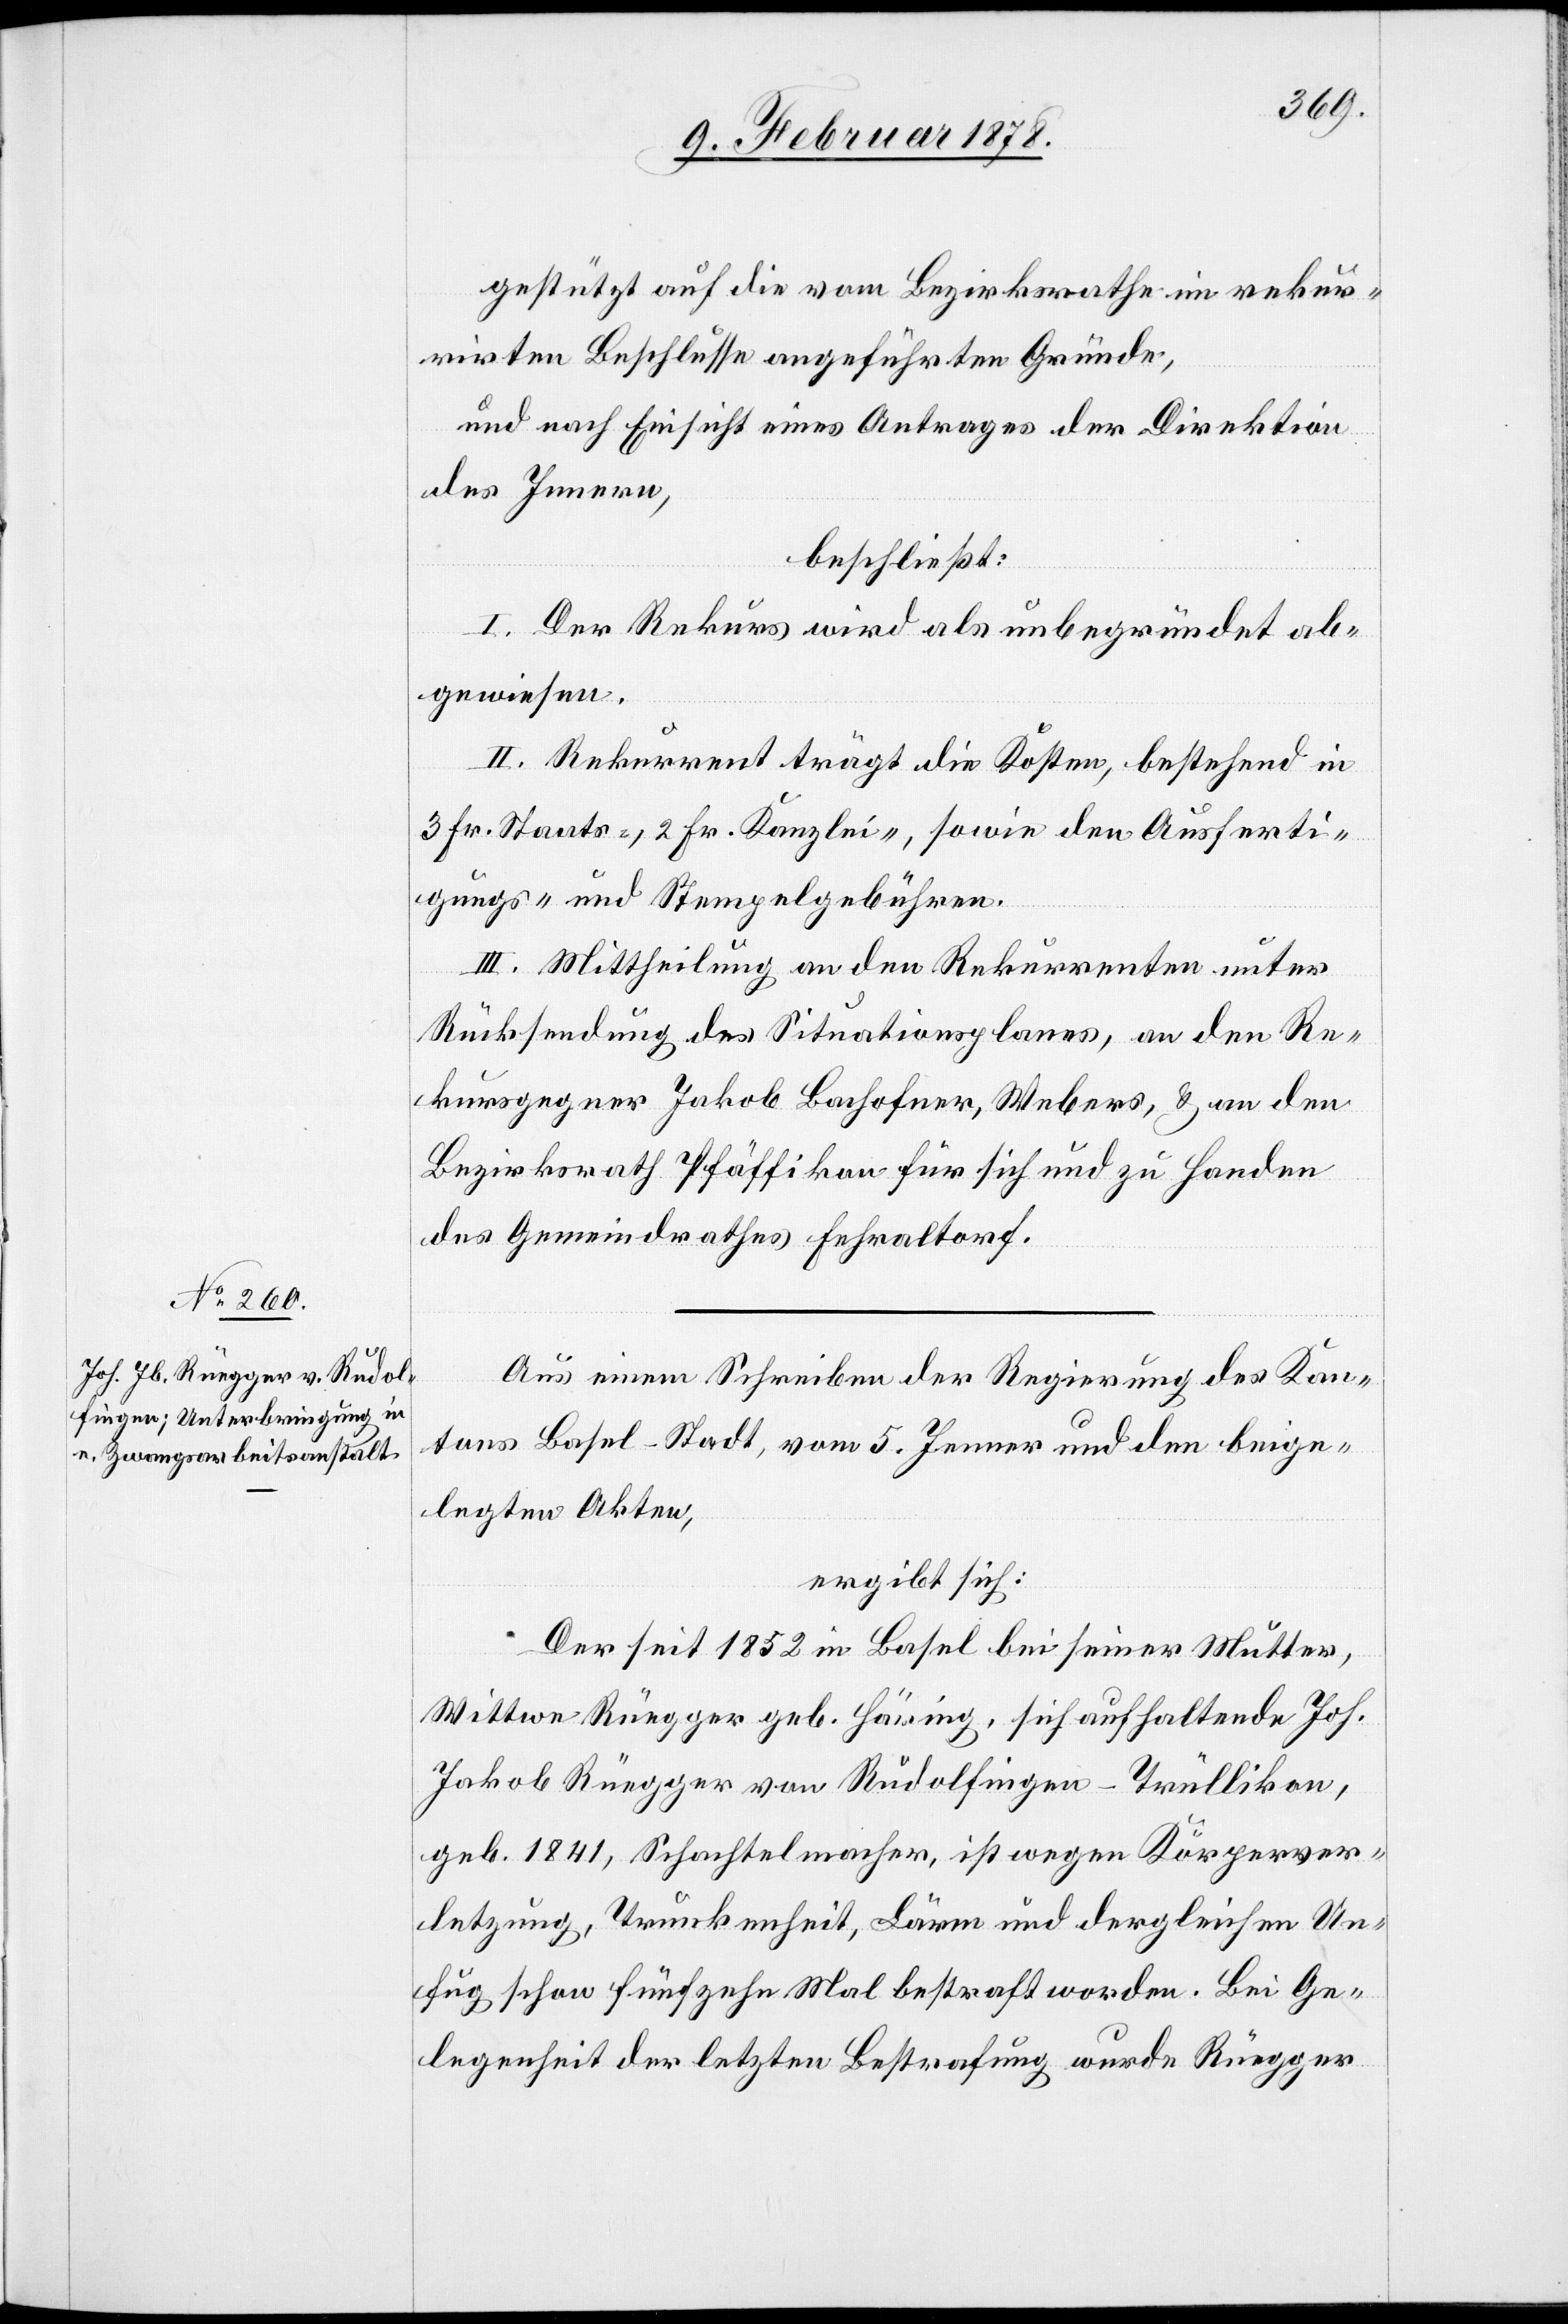
gestützt auf die vom Bezirksrathe im rekur¬
rirten Beschlusse angeführten Gründe;
und nach Einsicht eines Antrages der Direktion
des Innern,
beschließt:
I. Der Rekurs wird als unbegründet ab¬
gewiesen.
II. Rekurrent trägt die Kosten, bestehend in
3 Fr. Staats-, 2 Fr. Kanzlei-, sowie den Ausferti¬
gungs- und Stempelgebühren.
III. Mittheilung an den Rekurrenten unter
Rücksendung des Situationsplanes, an den Re¬
kursgegner Jakob Bachofner, Webers, & an den
Bezirksrath Pfäffikon für sich und zu Handen
des Gemeindrathes Fehraltorf.
Aus einem Schreiben der Regierung des Kan¬
tons Basel-Stadt, vom 5. Jenner und den beige¬
legten Akten,
ergibt sich:
Der seit 1852 in Basel bei seiner Mutter,
Wittwe Rüegger geb. Häring, sich aufhaltende Joh.
Jakob Rüegger von Rudolfingen - Trüllikon,
geb. 1841, Schachtelmacher, ist wegen Körperver¬
letzung, Trunkenheit, Lärm und dergleichen Un¬
fug schon fünfzehn Mal bestraft worden. Bei Ge¬
legenheit der letzten Bestrafung wurde Rüegger